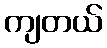
ကျတယ်